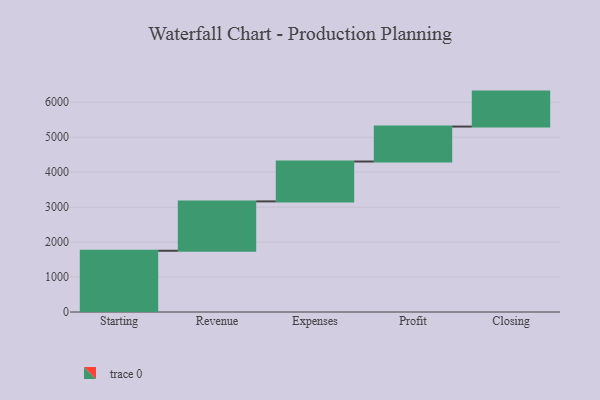
{"axis": {"x": "Step", "y": "Value"}, "legend": [""], "data": [{"x": "Starting", "y": 1752.0, "type": ""}, {"x": "Revenue", "y": 1412.0, "type": ""}, {"x": "Expenses", "y": 1141.0, "type": ""}, {"x": "Profit", "y": 1000, "type": ""}, {"x": "Closing", "y": 1000, "type": ""}]}